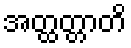
အတ္ထတ္တာတိ